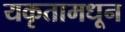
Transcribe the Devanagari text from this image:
यकृतामधून